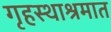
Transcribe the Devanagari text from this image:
गृहस्थाश्रमात